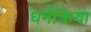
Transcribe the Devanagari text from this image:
धर्मक्रिया